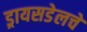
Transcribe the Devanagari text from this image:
ड्रायसडेलचे